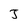
Character: J